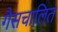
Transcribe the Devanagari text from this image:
गैसचालित